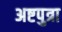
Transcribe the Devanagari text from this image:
अष्टपुत्रा